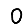
Digit: 0